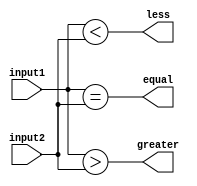
module comparator(
    input [7:0] input1,
    input [7:0] input2,
    output wire equal,
    output wire greater,
    output wire less
);

assign equal = (input1 == input2);
assign greater = (input1 > input2);
assign less = (input1 < input2);

endmodule